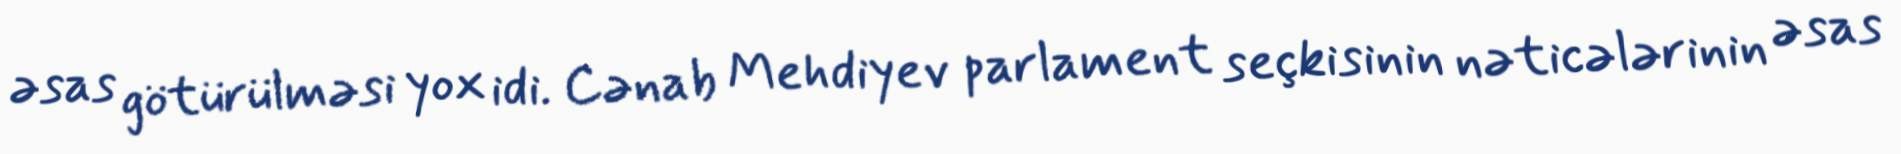
əsas götürülməsi yox idi. Cənab Mehdiyev parlament seçkisinin nəticələrinin əsas